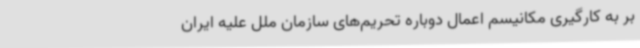
بر به کارگیری مکانیسم اعمال دوباره تحریم‌های سازمان ملل علیه ایران